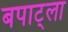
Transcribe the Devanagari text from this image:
बपाट्ला